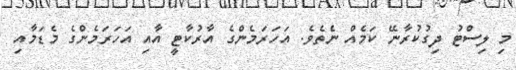
މި ލިސްޓު ދިގުކުރާނޭ ކަމެއް ނެތެވެ. އަހަރަމެންގެ އާރުކާޓީ އާއި އަހަރަމެންގެ މެޑަމާއި